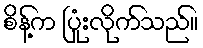
စိန့်က ပြုံးလိုက်သည်။